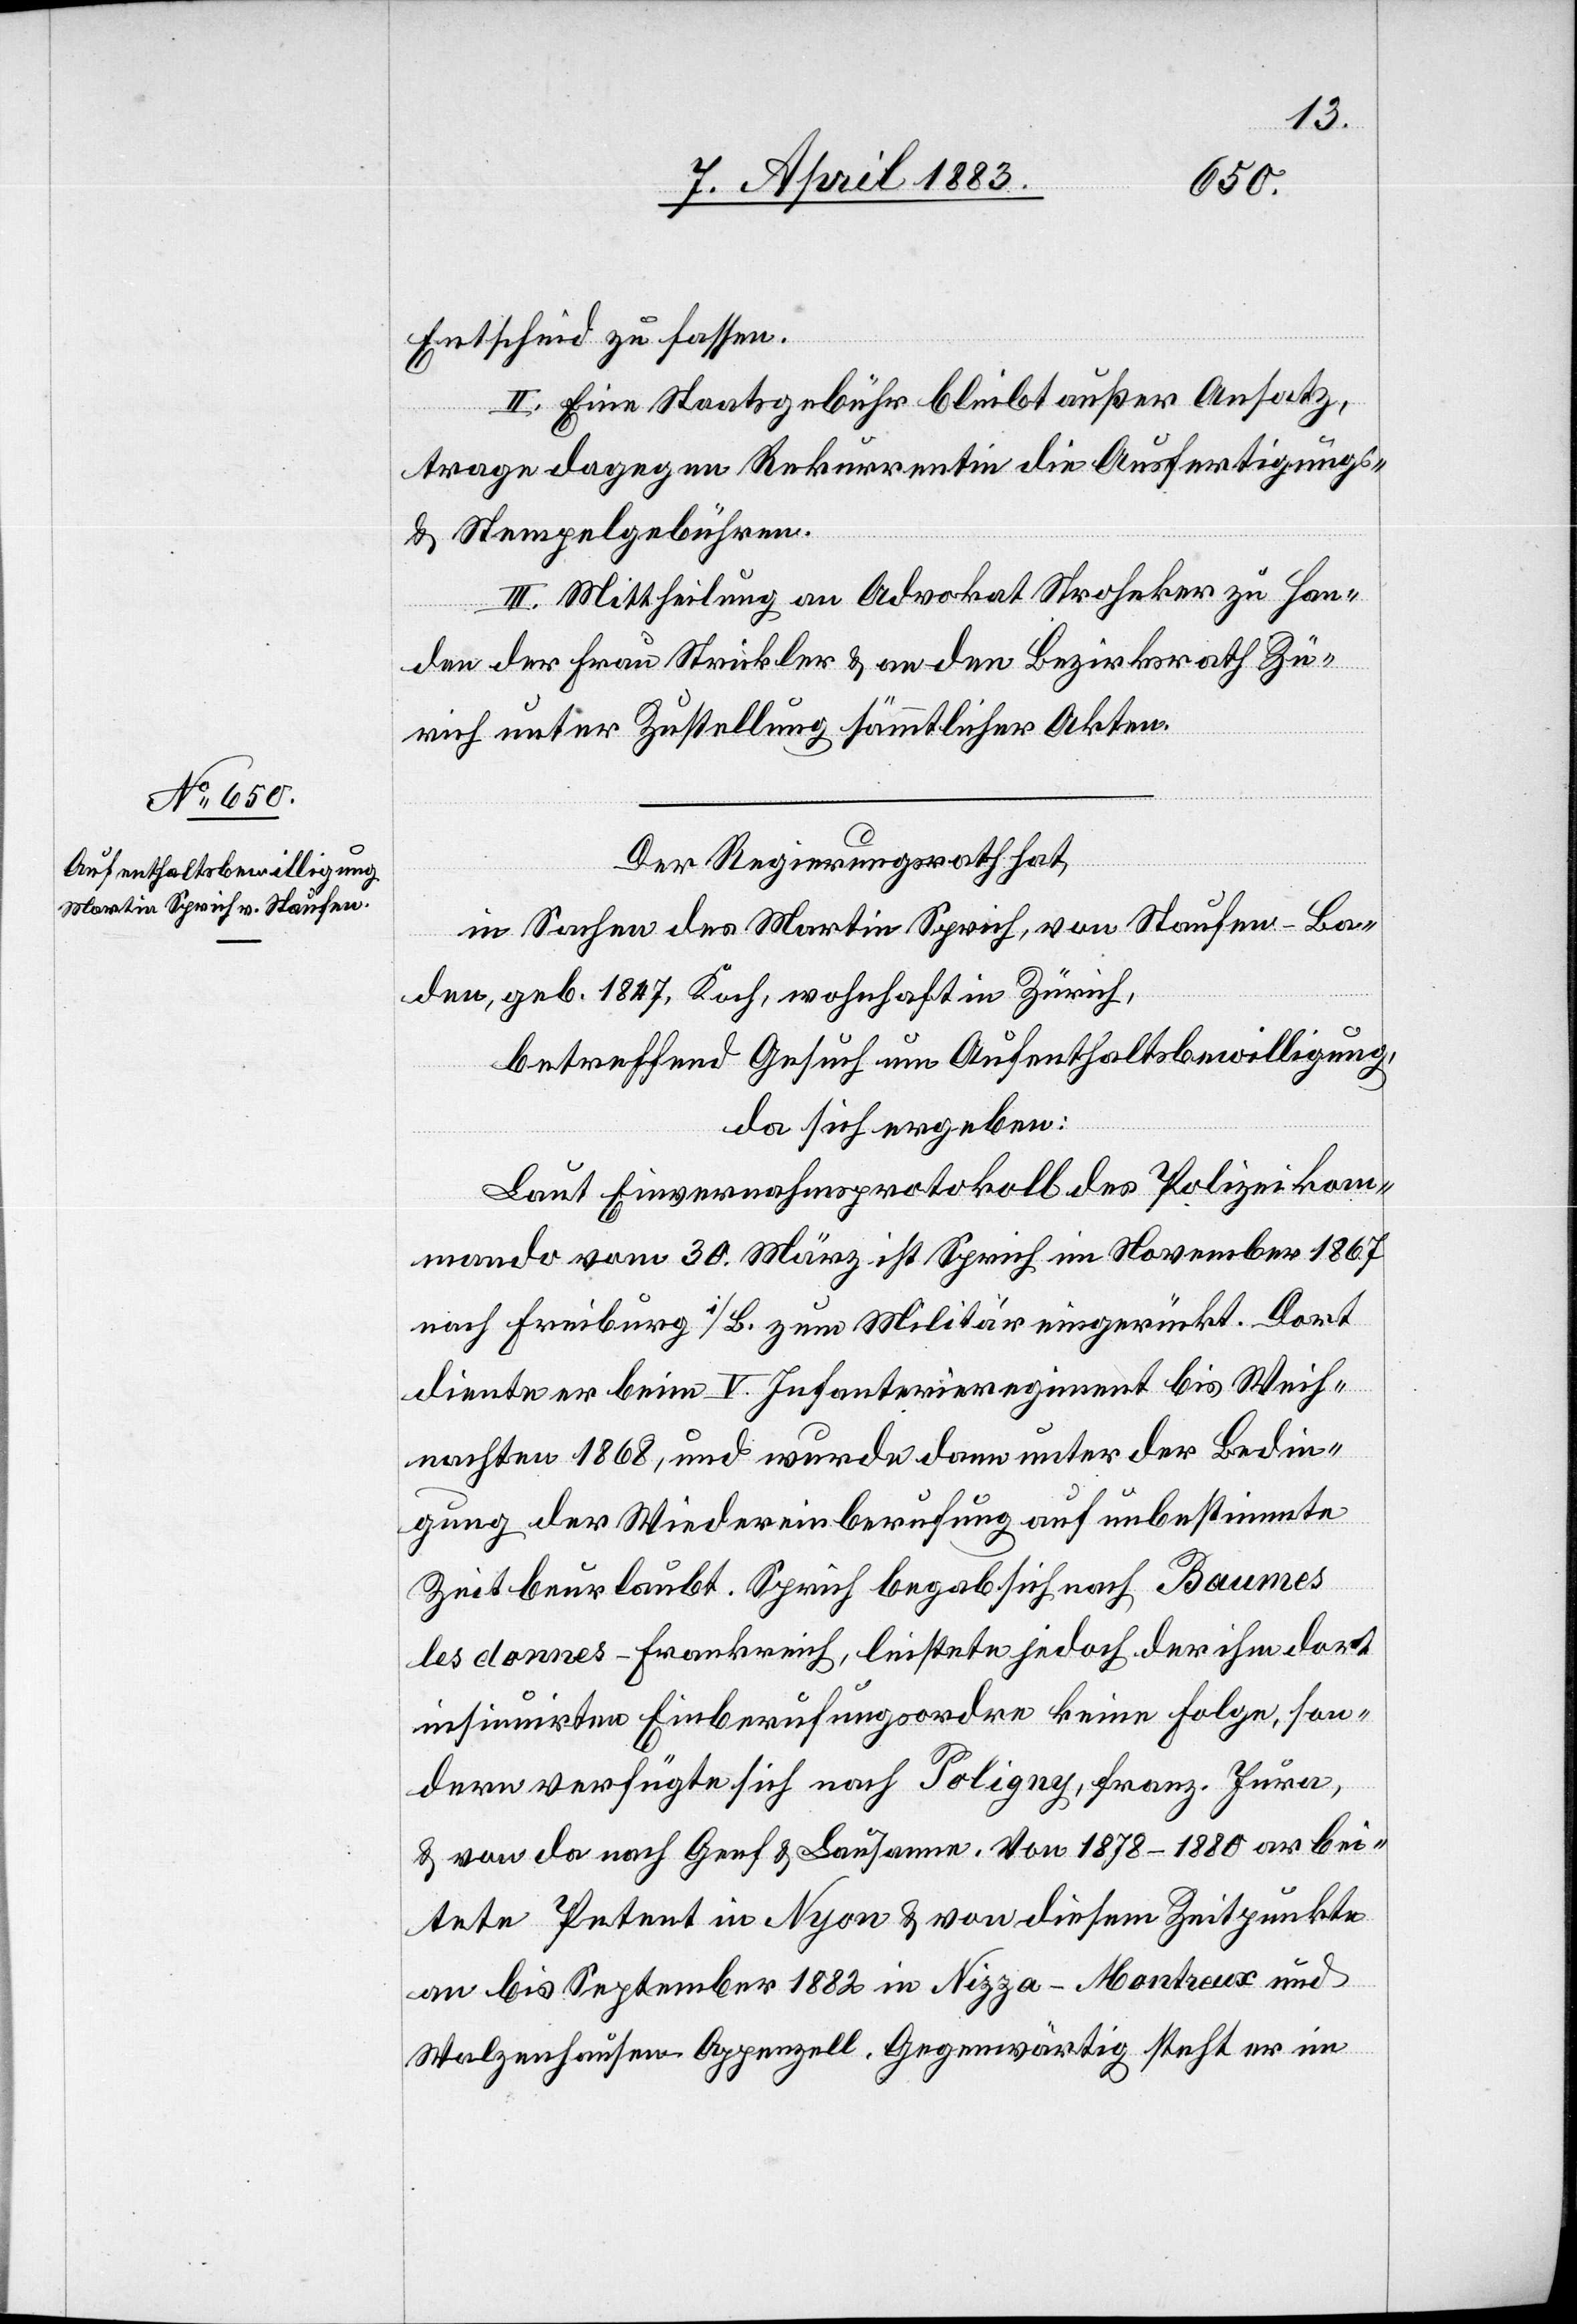
Der Regierungsrath hat,
in Sachen des Martin Sprich, von Staufen - Ba¬
den, geb. 1847, Koch, wohnhaft in Zürich,
betreffend Gesuch um Aufenthaltsbewilligung,
da sich ergeben:
Laut Einvernahmsprotokoll des Polizeikom¬
mando vom 30. März ist Sprich im November 1867
nach Freiburg i/B. zum Militär eingerückt. Dort
diente er beim V. Infanterieregiment bis Weih¬
nachten 1868, und wurde dann unter der Bedin¬
gung der Wiedereinberufung auf unbestimmte
Zeit beurlaubt. Sprich begab sich nach Baumes
les clonnes - Frankreich, leistete jedoch der ihm dort
insinuirten Einberufungsordre keine Folge, son¬
dern verfügte sich nach Poligny, franz. Jura,
& von da nach Genf & Lausanne. Von 1878–1880 arbei¬
tete Petent in Nyon & von diesem Zeitpunkte
an bis September 1882 in Nizza, Montreux und
Walzenhausen - Appenzell. Gegenwärtig steht er im